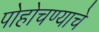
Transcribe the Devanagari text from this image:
पोहोचण्‍याचे